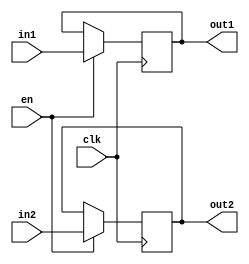
module twoInOutRegID(clk,en,in1,in2,out1,out2);
input clk,en;
input [31:0] in1,in2;
output reg [31:0] out1,out2;

always @ (posedge clk) begin
	if (en) begin
		out1 = in1;
		out2 = in2;
	end
end

endmodule